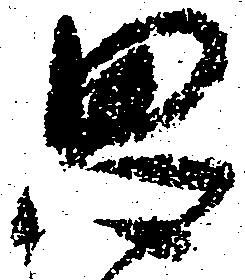
思